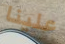
علينا